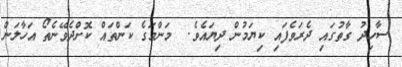
ސާހިދު ގާތުގައި ދެރަވެފައި ކިޔަމުން ދިޔައެވެ.  މަންމަގެ ކަންތައް ކޮށްދެވޭނެތޯ އަހާލަން